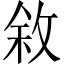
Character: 敘